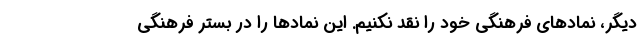
دیگر، نمادهای فرهنگی خود را نقد نکنیم. این نمادها را در بستر فرهنگی